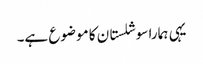
یہی ہمارا سوشلستان کا موضوع ہے۔